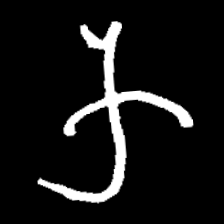
Pyu character \u2014 Myanmar letter: က (romanized: ka)